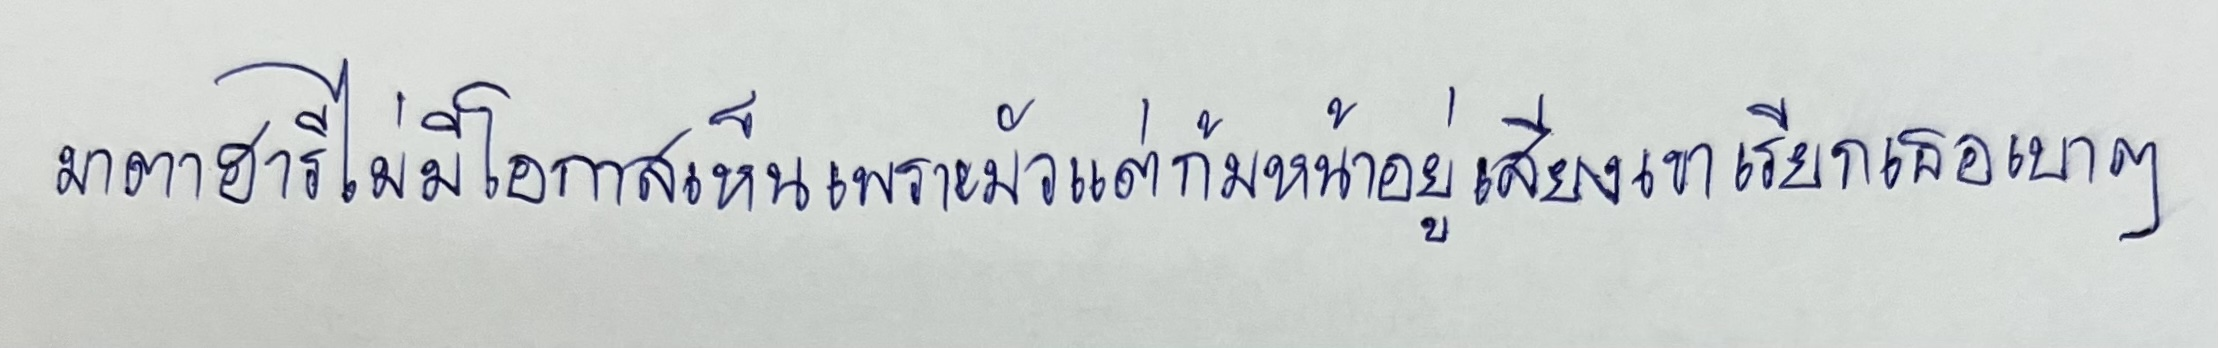
มาตาฮารีไม่มีโอกาสเห็นเพราะมัวแต่ก้มหน้าอยู่เสียงเขาเรียกเธอเบาๆ